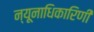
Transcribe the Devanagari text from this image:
न्यूनाधिकारिणी